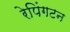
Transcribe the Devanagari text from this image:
रेपिंगटन